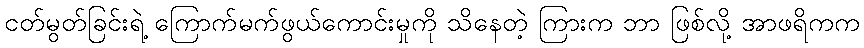
ငတ်မွတ်ခြင်းရဲ့ ကြောက်မက်ဖွယ်ကောင်းမှုကို သိနေတဲ့ ကြားက ဘာ ဖြစ်လို့ အာဖရိကက